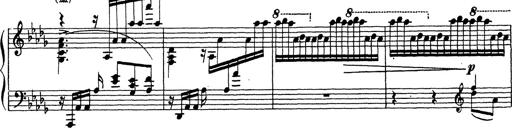
Title: Ballade No.1
Composer: Richard St. Clair